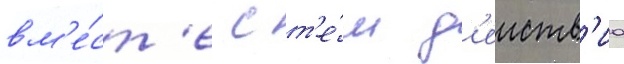
вм'е́ст'е с т'е́м д'еиств'иа